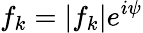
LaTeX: f_{k}=|f_{k}|e^{i\psi}